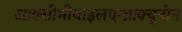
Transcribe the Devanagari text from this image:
आक्सीमीथाइलएन्थ्राक्यूनोन